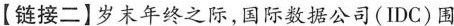
【链接二】岁末年终之际,国际数据公司(IDC)围